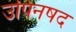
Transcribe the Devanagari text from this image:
उपिनषद